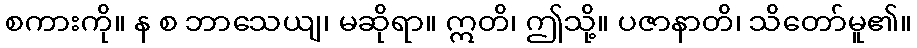
စကားကို။ န စ ဘာသေယျ၊ မဆိုရာ။ ဣတိ၊ ဤသို့။ ပဇာနာတိ၊ သိတော်မူ၏။